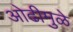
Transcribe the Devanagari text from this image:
ओढीमुळे